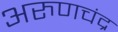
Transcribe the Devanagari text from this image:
अरुणचंद्र